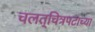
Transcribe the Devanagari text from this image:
चलत्‌चित्रपटाच्या